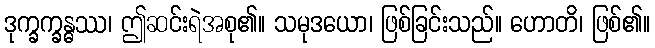
ဒုက္ခက္ခန္ဓဿ၊ ဤဆင်းရဲအစု၏။ သမုဒယော၊ ဖြစ်ခြင်းသည်။ ဟောတိ၊ ဖြစ်၏။